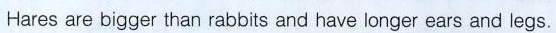
Hares are bigger than rabbits and have longer ears and legs.